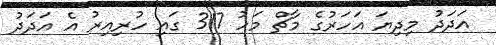
އަދަދު މިދިޔަ އަހަރުގެ މާޗް މަހު 317 ގައި ހުރިއިރު އެ އަދަދު